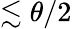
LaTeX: \lesssim\theta/2